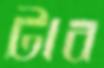
টাব